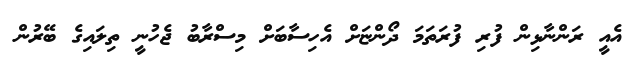
އެއީ ރަންނާޅިން ފުރި ފުރަތަމަ ދޯންޏަށް އެހިސާބަށް މިސްރާބު ޖެހުނީ ތިލައިގެ ބޭރުން